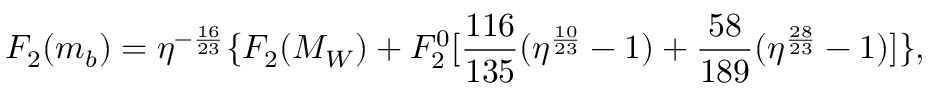
F _ { 2 } ( m _ { b } ) = \eta ^ { - \frac { 1 6 } { 2 3 } } \{ F _ { 2 } ( M _ { W } ) + F _ { 2 } ^ { 0 } [ \frac { 1 1 6 } { 1 3 5 } ( \eta ^ { \frac { 1 0 } { 2 3 } } - 1 ) + \frac { 5 8 } { 1 8 9 } ( \eta ^ { \frac { 2 8 } { 2 3 } } - 1 ) ] \} ,